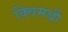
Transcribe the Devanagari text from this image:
क्विमबी